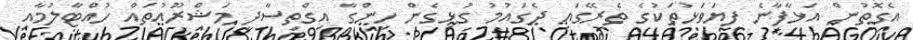
އެގޮތުން އަޅާފާނެ ފިޔަވަޅުތަކުގެ ތެރޭގައި ދެގައުމު ގުޅިގެން ހިންގާ އިގްތިސާދީ މަޝްރޫއުތައް ހުއްޓާލުމާއި